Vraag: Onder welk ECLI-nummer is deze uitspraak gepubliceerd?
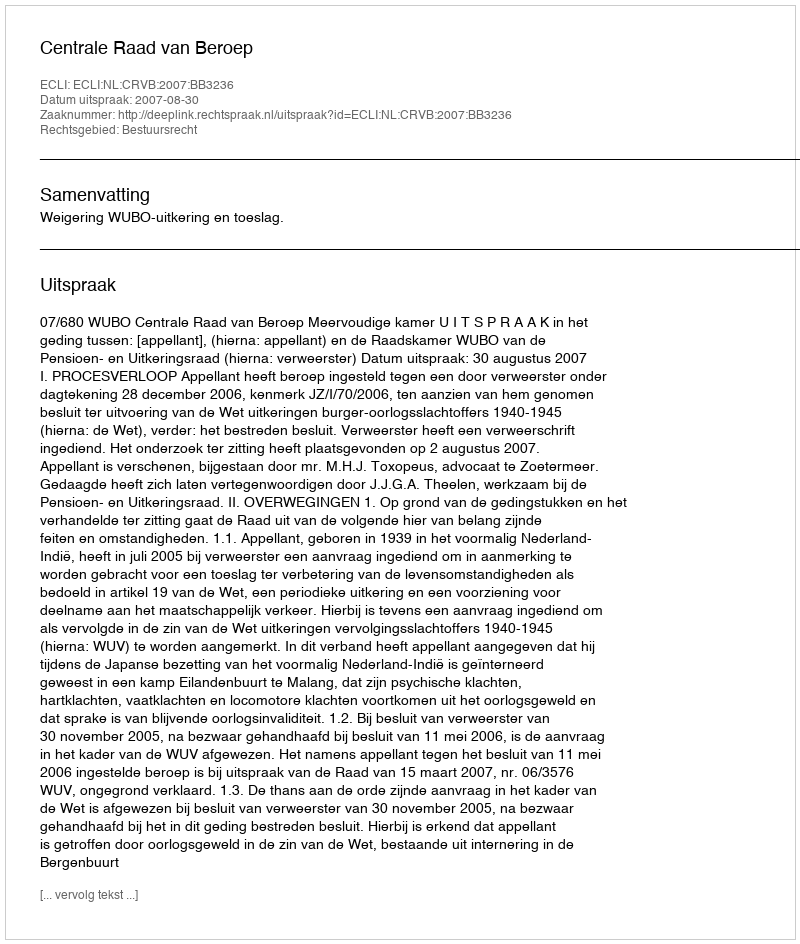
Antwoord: ECLI:NL:CRVB:2007:BB3236